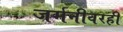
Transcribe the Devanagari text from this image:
जर्मनीवरही